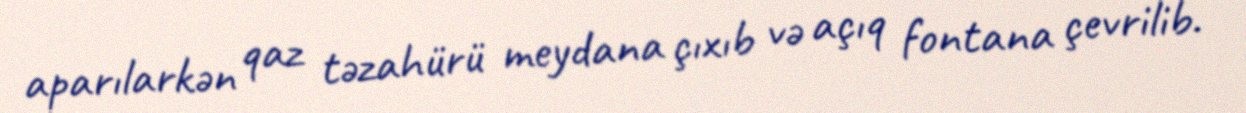
aparılarkən qaz təzahürü meydana çıxıb və açıq fontana çevrilib.